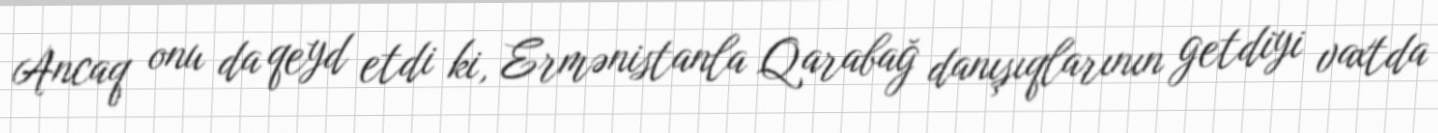
Ancaq onu da qeyd etdi ki, Ermənistanla Qarabağ danışıqlarının getdiyi vaxtda